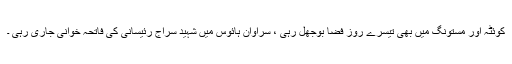
کوئٹہ اور مستونگ میں بھی تیسرے روز فضا بوجھل رہی ، سراوان ہائوس میں شہید سراج رئیسانی کی فاتحہ خوانی جاری رہی ۔